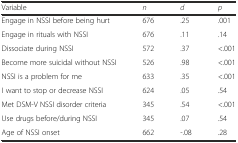
<table><thead><tr><td><b>Variable</b></td><td><b><i>n</i></b></td><td><b><i>d</i></b></td><td><b><i>p</i></b></td></tr></thead><tbody><tr><td>Engage in NSSI before being hurt</td><td>676</td><td>.25</td><td>.001</td></tr><tr><td>Engage in rituals with NSSI</td><td>676</td><td>.11</td><td>.14</td></tr><tr><td>Dissociate during NSSI</td><td>572</td><td>.37</td><td>&lt;.001</td></tr><tr><td>Become more suicidal without NSSI</td><td>526</td><td>.98</td><td>&lt;.001</td></tr><tr><td>NSSI is a problem for me</td><td>633</td><td>.35</td><td>&lt;.001</td></tr><tr><td>I want to stop or decrease NSSI</td><td>624</td><td>.05</td><td>.54</td></tr><tr><td>Met DSM-V NSSI disorder criteria</td><td>345</td><td>.54</td><td>&lt;.001</td></tr><tr><td>Use drugs before/during NSSI</td><td>345</td><td>.07</td><td>.54</td></tr><tr><td>Age of NSSI onset</td><td>662</td><td>-.08</td><td>.28</td></tr></tbody></table>